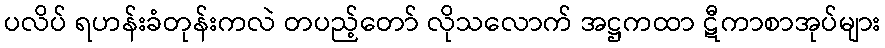
ပလိပ် ရဟန်းခံတုန်းကလဲ တပည့်တော် လိုသလောက် အဋ္ဌကထာ ဋီကာစာအုပ်များ